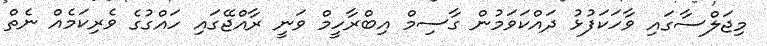
މިޖަލްސާގައި ވާހަކަފުޅު ދައްކަވަމުން ގާސިމް އިބްރާހީމް ވަނީ ރާއްޖޭގައި ހައްގުގެ ވެރިކަމެއް ނެތް